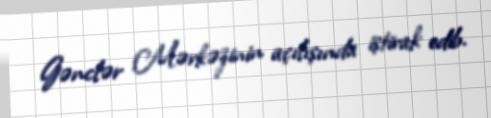
Gənclər Mərkəzinin açılışında iştirak edib.